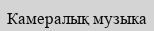
Камералық музыка